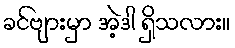
ခင်ဗျားမှာ အဲ့ဒါ ရှိသလား။